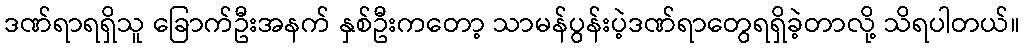
ဒဏ်ရာရရှိသူ ခြောက်ဦးအနက် နှစ်ဦးကတော့ သာမန်ပွန်းပဲ့ဒဏ်ရာတွေရရှိခဲ့တာလို့ သိရပါတယ်။